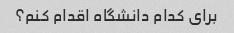
برای کدام دانشگاه اقدام کنم؟